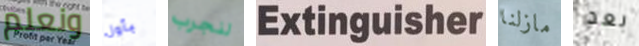
ونعلم بأول لنجرب Extinguisher مازلنا بعد